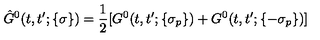
\hat { G } ^ { 0 } ( t , t ^ { \prime } ; \{ \sigma \} ) = \frac { 1 } { 2 } [ G ^ { 0 } ( t , t ^ { \prime } ; \{ \sigma _ { p } \} ) + G ^ { 0 } ( t , t ^ { \prime } ; \{ - \sigma _ { p } \} ) ]